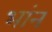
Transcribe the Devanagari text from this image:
भांन